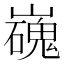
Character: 𡾖